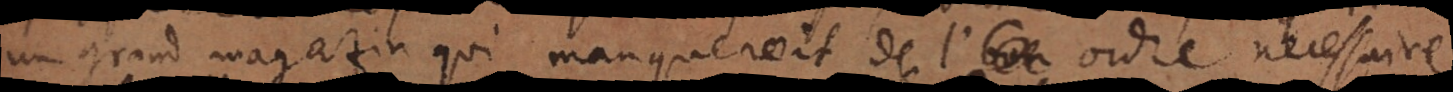
nd magazin qui manqueroit de l’ordre necessaire